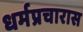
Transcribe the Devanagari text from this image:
धर्मप्रचारास